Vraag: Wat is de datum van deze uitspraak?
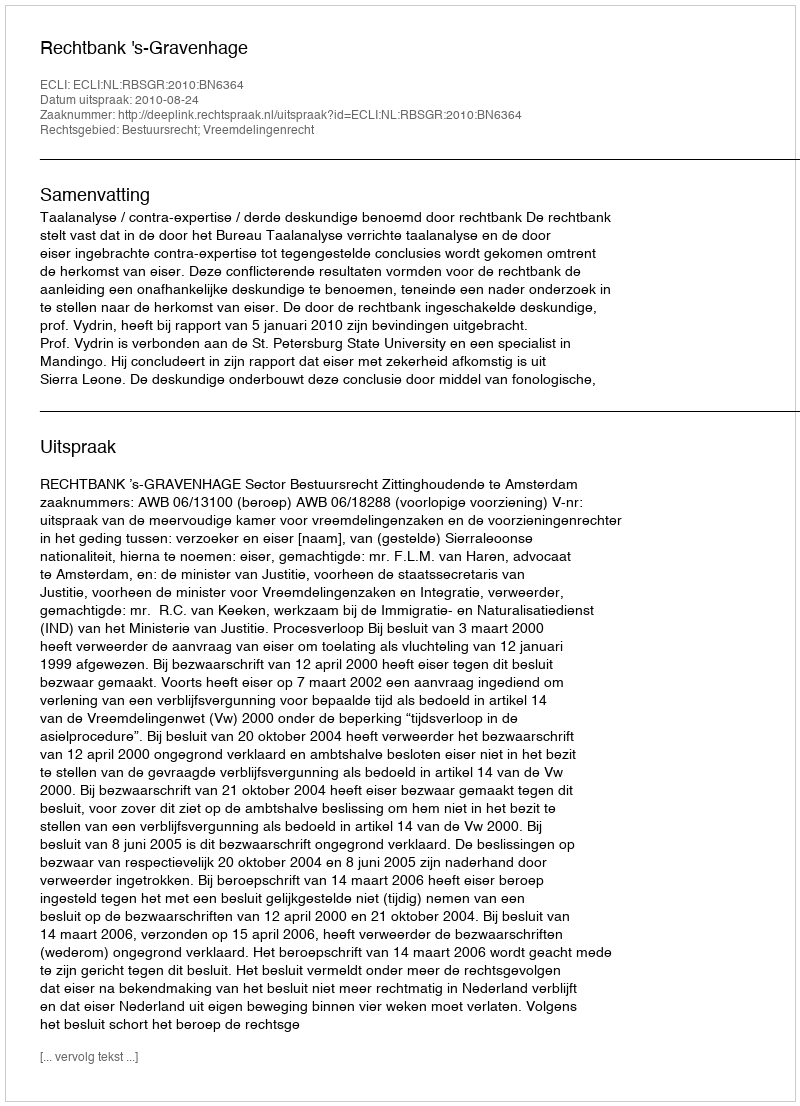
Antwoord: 2010-08-24